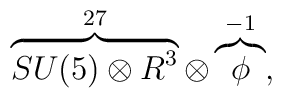
\overbrace{SU(5) \otimes R^{3}}^{27} \otimes \overbrace{\phi}^{-1} ,